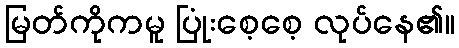
မြတ်ကိုကမူ ပြုံးစေ့စေ့ လုပ်နေ၏။